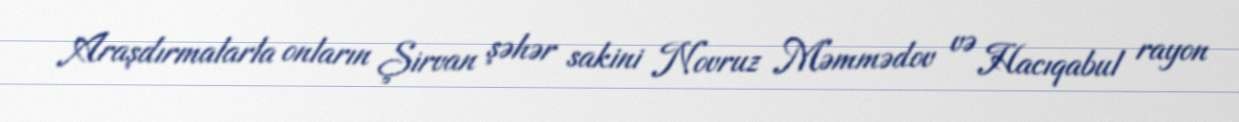
Araşdırmalarla onların Şirvan şəhər sakini Novruz Məmmədov və Hacıqabul rayon